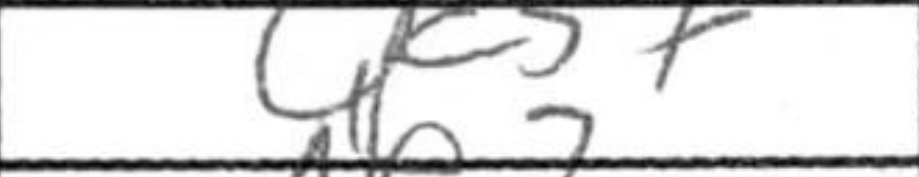
Transcription: Qc3+